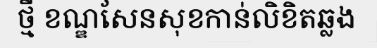
ថ្មី ខណ្ឌសែនសុខកាន់លិខិតឆ្លង